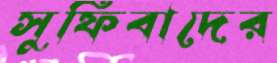
সুফিবাদের